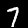
Label: 7